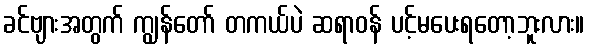
ခင်ဗျားအတွက် ကျွန်တော် တကယ်ပဲ ဆရာဝန် ပင့်မပေးရတော့ဘူးလား။